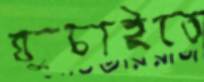
ঘুচাইতে